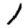
Digit: 1